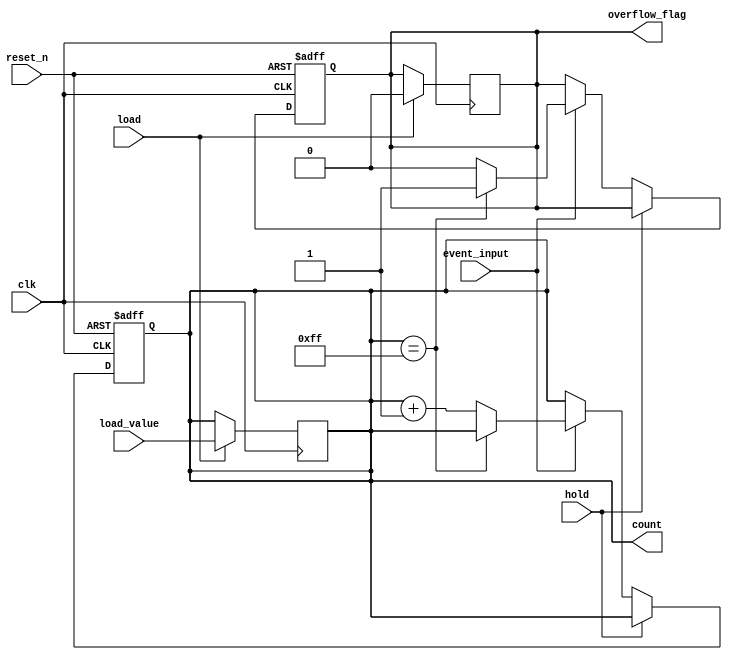
module MemoryBlocksDigitalEventCounter #(
    parameter COUNTER_WIDTH = 8 // Define the width of the counter (8 bits by default)
)(
    input wire clk,              // Clock signal
    input wire reset_n,          // Asynchronous active-low reset
    input wire hold,             // Control signal to hold the count
    input wire load,             // Control signal to load a new value
    input wire [COUNTER_WIDTH-1:0] load_value, // Value to load into the counter
    input wire event_input,      // Event input signal to increment the counter
    output reg [COUNTER_WIDTH-1:0] count, // Current count value
    output reg overflow_flag      // Overflow flag
);

    // Asynchronous reset and counting logic
    always @(posedge clk or negedge reset_n) begin
        if (!reset_n) begin
            count <= 0;           // Reset count to zero on active-low reset
            overflow_flag <= 0;   // Clear overflow flag
        end else if (!hold) begin
            if (event_input) begin
                // Increment counter if not held
                if (count == (2**COUNTER_WIDTH - 1)) begin
                    count <= count; // Maintain max value
                    overflow_flag <= 1; // Set overflow flag
                end else begin
                    count <= count + 1; // Increment counter
                    overflow_flag <= 0; // Clear overflow flag
                end
            end
        end
    end

    // Load new value into counter
    always @(posedge clk) begin
        if (load) begin
            count <= load_value; // Load specified value into the counter
            overflow_flag <= 0;   // Clear overflow flag when loading
        end
    end

endmodule